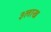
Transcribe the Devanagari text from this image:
३लाख